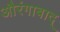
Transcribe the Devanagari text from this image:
औरंगाबाद्